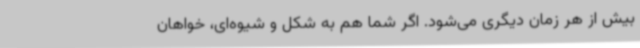
بیش از هر زمان دیگری می‌شود. اگر شما هم به شکل و شیوه‌ای، خواهان